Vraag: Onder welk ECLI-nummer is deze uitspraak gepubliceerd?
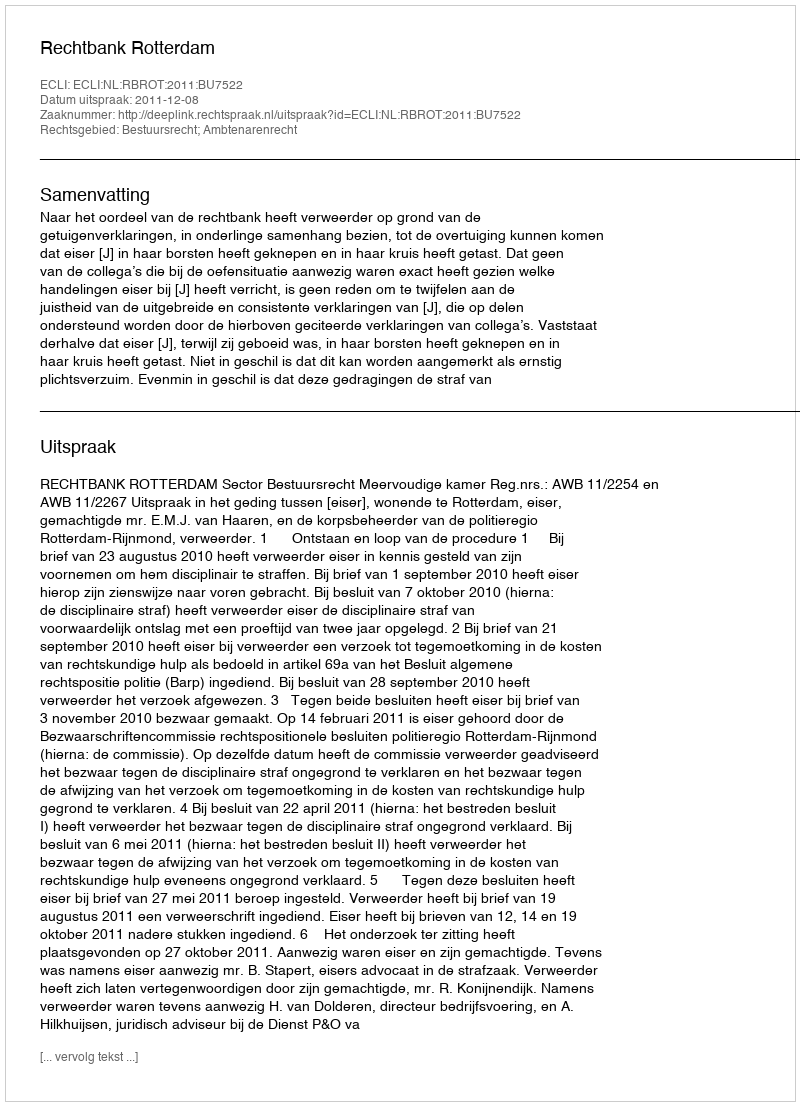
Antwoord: ECLI:NL:RBROT:2011:BU7522